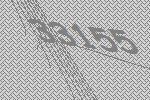
33155